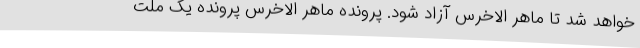
خواهد شد تا ماهر الاخرس آزاد شود. پرونده ماهر الاخرس پرونده یک ملت